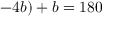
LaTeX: - 4 b ) + b = 1 8 0